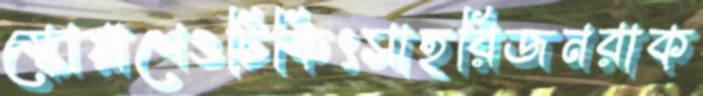
স্কোয়াশেওটিকিৎসাহরিজনরাক